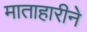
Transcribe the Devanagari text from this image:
माताहारीने